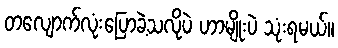
တလျောက်လုံးပြောခဲ့သလိုပဲ ဟာမျိုးပဲ သုံးရမယ်။